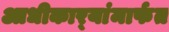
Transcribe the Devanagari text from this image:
आधीकार्‍यांमार्फत